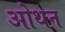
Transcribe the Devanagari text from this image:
ओथन